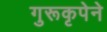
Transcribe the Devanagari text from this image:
गुरूकृपेने